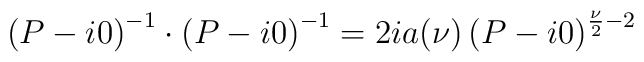
\left(P-i0\right)^{-1} \cdot \left(P-i0\right)^{-1} = 2ia(\nu)\left(P-i0\right)^{\frac {\nu} {2} -2}